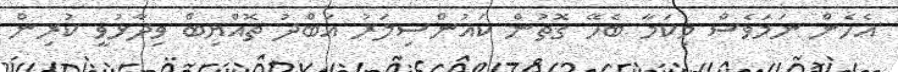
އެހެން ނަމަވެސް މިކަމާ ބެހޭ ގޮތުން ކައުންސިލަރު އަބްދު ތޮއްޔިބް ވިދާޅުވީ ކުރިން